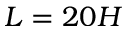
L = 2 0 H